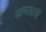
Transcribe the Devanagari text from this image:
क्षमतायें